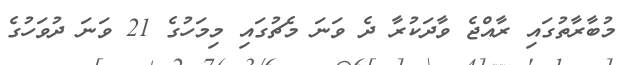
މުބާރާތުގައި ރާއްޖެ ވާދަކުރާ ދެ ވަނަ މެޗުގައި މިމަހުގެ 21 ވަނަ ދުވަހުގެ